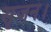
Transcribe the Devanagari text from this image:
सृजन।